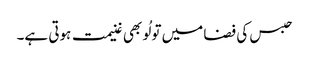
حبس کی فضا میں تو لُو بھی غنیمت ہوتی ہے۔